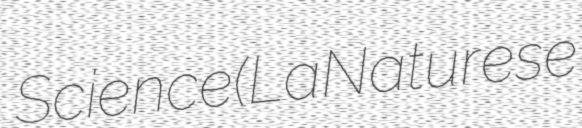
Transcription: Science (La Nature se